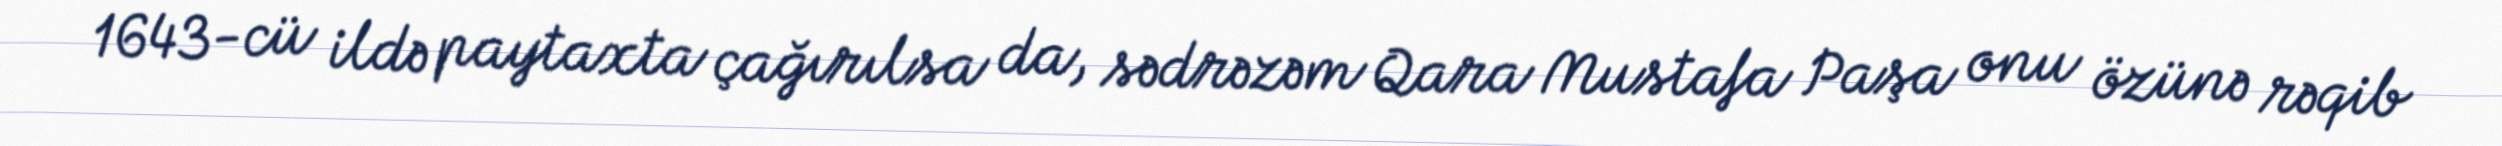
1643-cü ildə paytaxta çağırılsa da, sədrəzəm Qara Mustafa Paşa onu özünə rəqib